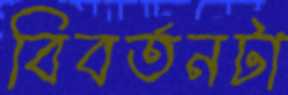
বিবর্তনটা